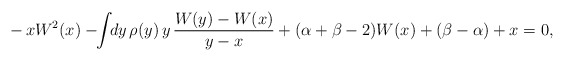
\begin{align*}-\,xW^2(x)-\!\!\int\!\!dy\,\rho(y)\,y\,\frac{W(y)-W(x)}{y-x}+(\alpha+\beta-2)W(x)+(\beta-\alpha)+x=0,\end{align*}